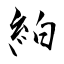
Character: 絈